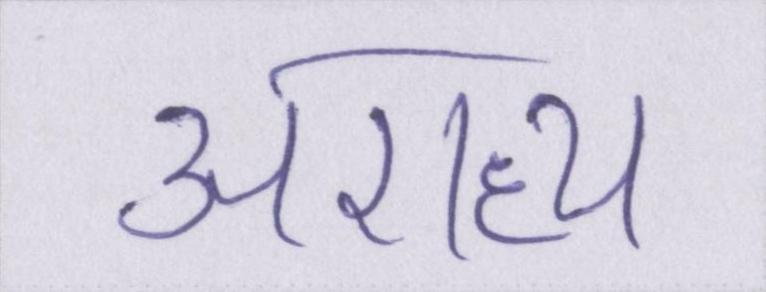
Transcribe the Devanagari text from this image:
अराध्य